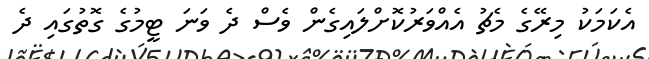
އެކަމަކު މިރޭގެ މެޗު އެއްވަރުކޮށްލައިގެން ވެސް ދެ ވަނަ ޓީމުގެ ގޮތުގައި ދެ